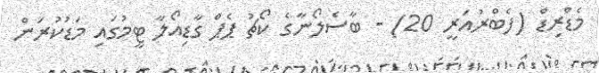
މެޑްރިޑް (ފެބްރުއަރީ 20) - ބާސެލޯނާގެ ކޯޗު ޕެޕް ގާޑިއޯލާ ޓީމުގައި މަޑުކުރަން